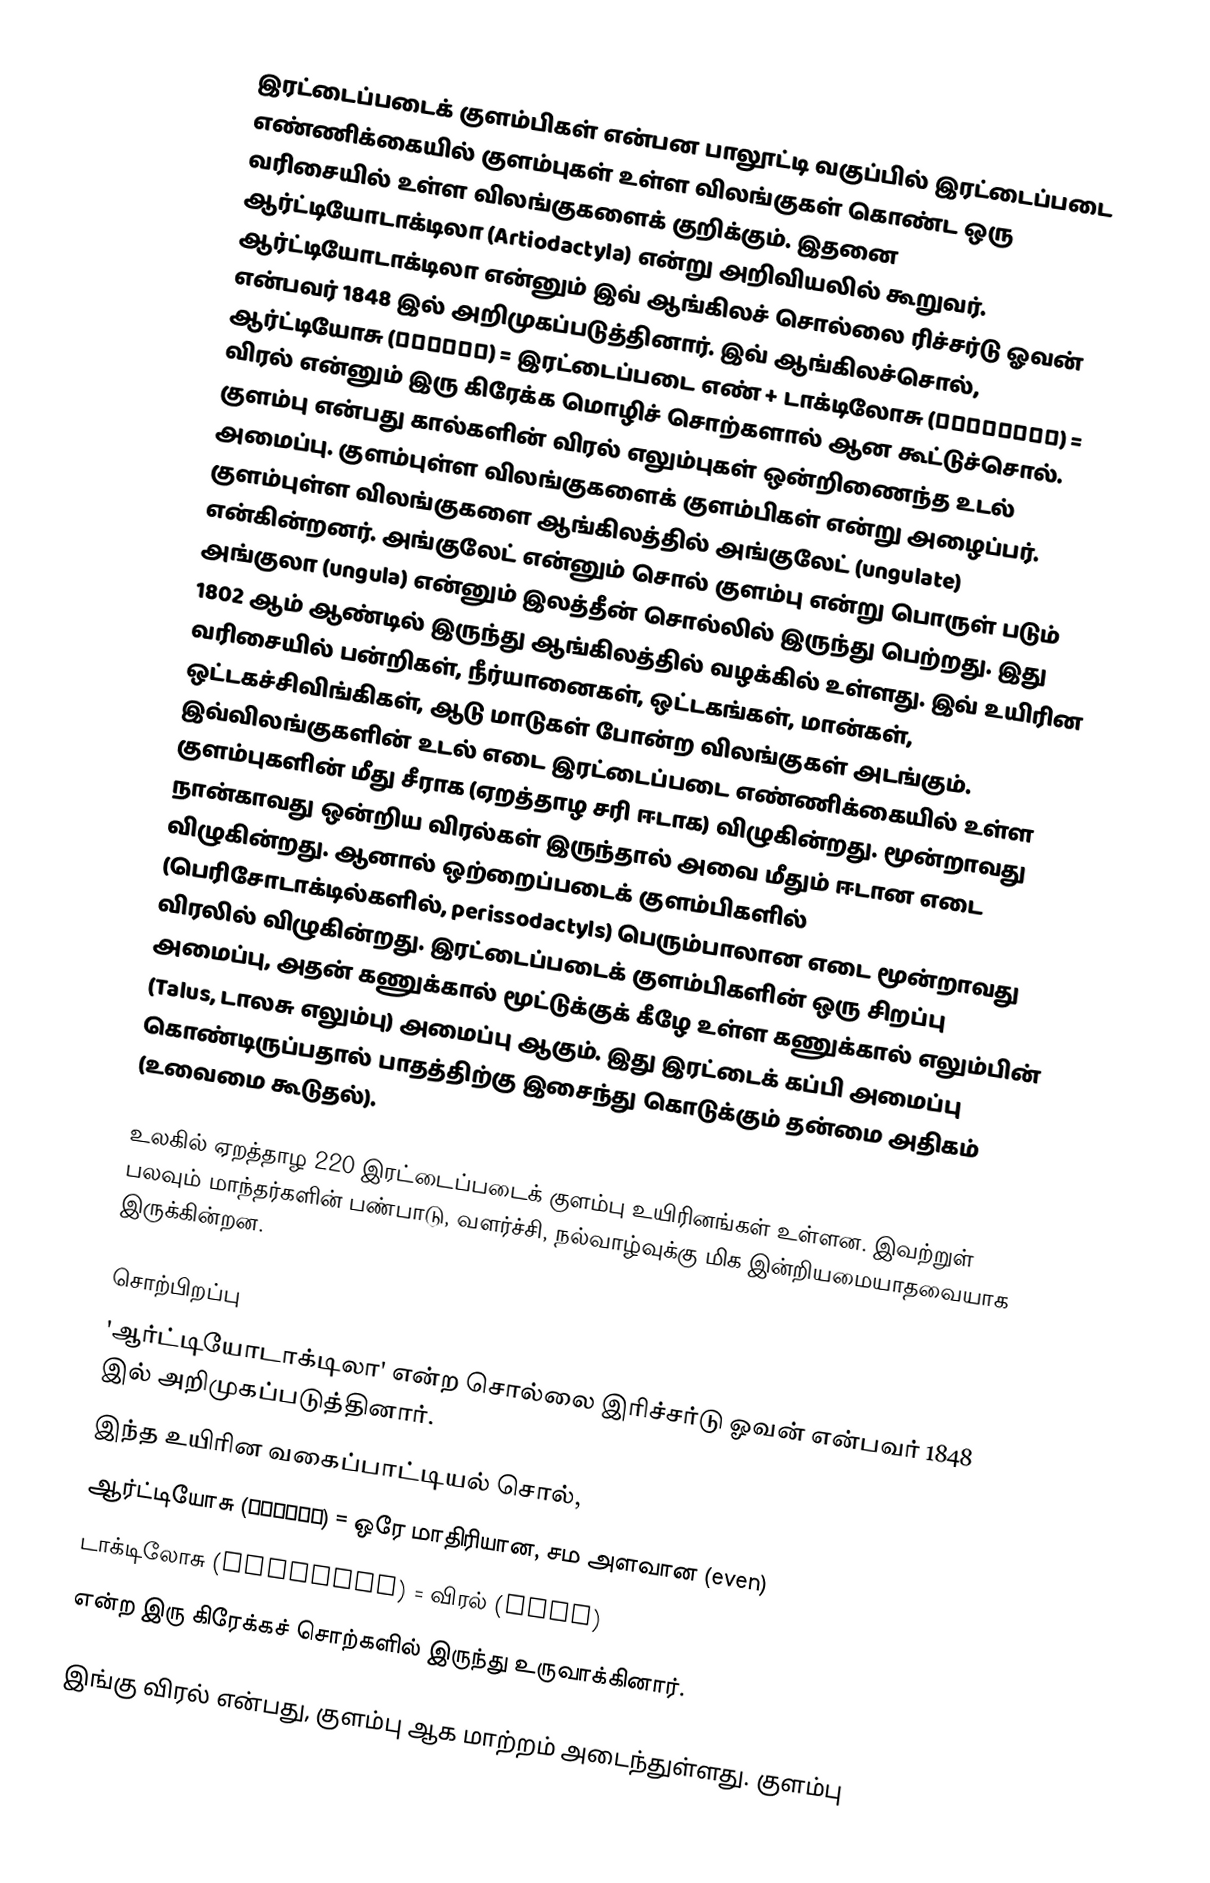
இரட்டைப்படைக் குளம்பிகள் என்பன பாலூட்டி வகுப்பில் இரட்டைப்படை எண்ணிக்கையில் குளம்புகள் உள்ள விலங்குகள் கொண்ட ஒரு வரிசையில் உள்ள விலங்குகளைக் குறிக்கும். இதனை ஆர்ட்டியோடாக்டிலா  (Artiodactyla) என்று அறிவியலில் கூறுவர். ஆர்ட்டியோடாக்டிலா என்னும் இவ் ஆங்கிலச் சொல்லை ரிச்சர்டு ஓவன் என்பவர் 1848 இல் அறிமுகப்படுத்தினார். இவ் ஆங்கிலச்சொல்,  ஆர்ட்டியோசு (αρτιος) = இரட்டைப்படை எண் + டாக்டிலோசு (δακτυλος) = விரல் என்னும் இரு கிரேக்க மொழிச் சொற்களால் ஆன கூட்டுச்சொல். குளம்பு என்பது கால்களின் விரல் எலும்புகள் ஒன்றிணைந்த உடல் அமைப்பு. குளம்புள்ள விலங்குகளைக் குளம்பிகள் என்று அழைப்பர். குளம்புள்ள விலங்குகளை ஆங்கிலத்தில் அங்குலேட் (ungulate) என்கின்றனர். அங்குலேட் என்னும் சொல் குளம்பு என்று பொருள் படும் அங்குலா (ungula) என்னும் இலத்தீன் சொல்லில் இருந்து பெற்றது. இது 1802 ஆம் ஆண்டில் இருந்து ஆங்கிலத்தில் வழக்கில் உள்ளது. இவ் உயிரின வரிசையில் பன்றிகள், நீர்யானைகள், ஒட்டகங்கள், மான்கள், ஒட்டகச்சிவிங்கிகள், ஆடு மாடுகள் போன்ற விலங்குகள் அடங்கும். இவ்விலங்குகளின் உடல் எடை இரட்டைப்படை எண்ணிக்கையில் உள்ள குளம்புகளின் மீது சீராக (ஏறத்தாழ சரி ஈடாக) விழுகின்றது. மூன்றாவது நான்காவது ஒன்றிய விரல்கள் இருந்தால் அவை மீதும் ஈடான எடை விழுகின்றது.  ஆனால் ஒற்றைப்படைக் குளம்பிகளில் (பெரிசோடாக்டில்களில், perissodactyls) பெரும்பாலான எடை மூன்றாவது விரலில் விழுகின்றது. இரட்டைப்படைக் குளம்பிகளின் ஒரு சிறப்பு அமைப்பு, அதன் கணுக்கால் மூட்டுக்குக் கீழே உள்ள கணுக்கால் எலும்பின் (Talus, டாலசு எலும்பு) அமைப்பு ஆகும். இது இரட்டைக் கப்பி அமைப்பு கொண்டிருப்பதால் பாதத்திற்கு இசைந்து கொடுக்கும் தன்மை அதிகம் (உவைமை கூடுதல்).

உலகில் ஏறத்தாழ 220 இரட்டைப்படைக் குளம்பு உயிரினங்கள் உள்ளன. இவற்றுள் பலவும் மாந்தர்களின் பண்பாடு, வளர்ச்சி, நல்வாழ்வுக்கு மிக இன்றியமையாதவையாக இருக்கின்றன.

சொற்பிறப்பு
'ஆர்ட்டியோடாக்டிலா' என்ற சொல்லை இரிச்சர்டு ஓவன் என்பவர் 1848 இல் அறிமுகப்படுத்தினார்.
இந்த உயிரின வகைப்பாட்டியல் சொல்,
 ஆர்ட்டியோசு (αρτιος)   = ஒரே மாதிரியான, சம அளவான (even)
 டாக்டிலோசு (δακτυλος)  = விரல் (limb)
என்ற  இரு கிரேக்கச் சொற்களில் இருந்து உருவாக்கினார்.

இங்கு விரல் என்பது, குளம்பு ஆக மாற்றம் அடைந்துள்ளது. குளம்பு